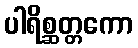
ပါရိစ္ဆတ္တကော